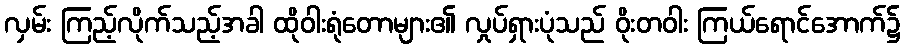
လှမ်း ကြည့်လိုက်သည့်အခါ ထိုဝါးရုံတောများ၏ လှုပ်ရှားပုံသည် ဝိုးတဝါး ကြယ်ရောင်အောက်၌